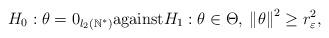
LaTeX: \begin{align*}H_0:\theta = 0_{l_2(\mathbb{N}^*)} \mathrm{against} H_1:\theta \in \Theta, \: \left\|\theta\right\|^2 \geq r_\varepsilon^2,\end{align*}